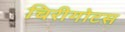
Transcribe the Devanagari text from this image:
चिरीगोटस